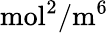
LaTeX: \mathrm{mol}^{2}/\mathrm{m}^{6}